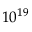
1 0 ^ { 1 9 }